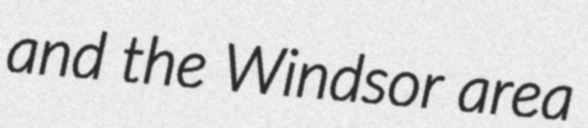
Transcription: and the Windsor area